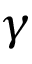
\gamma